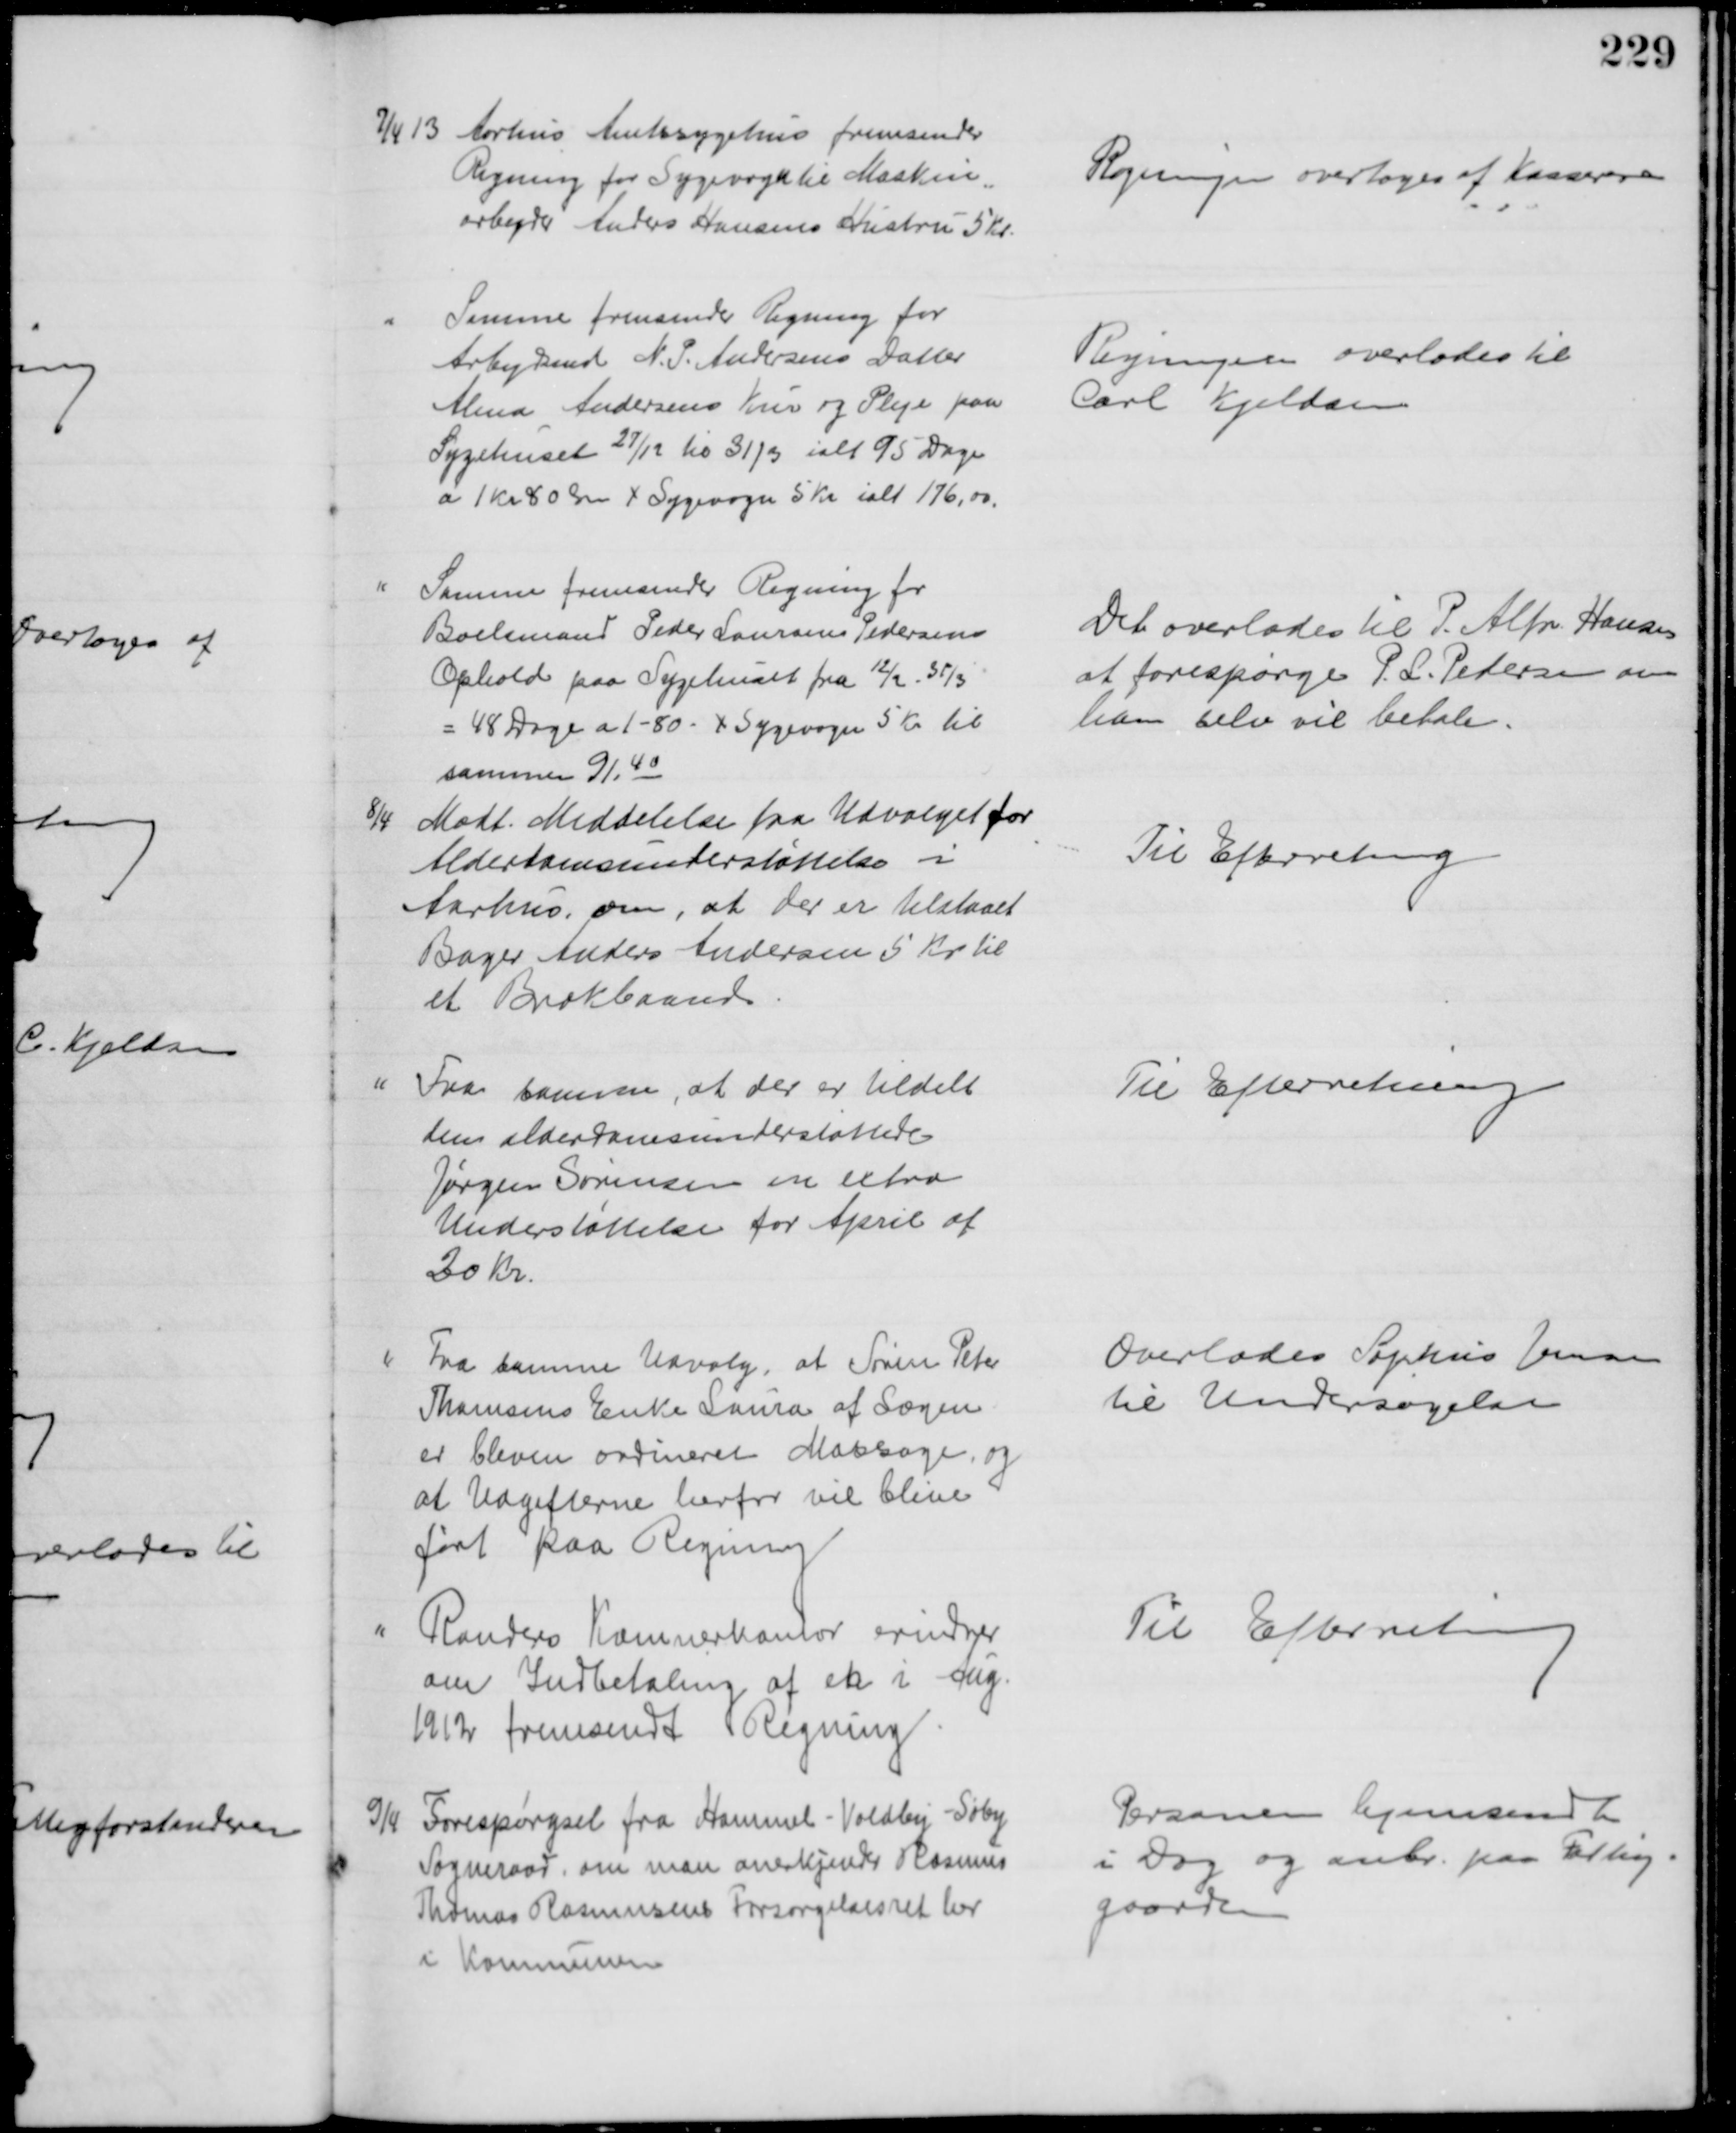
Transskription:
7/4 13 Aarhus Amtssygehus fremsender
Regning for Sygevogn til Maskin=
arbejder Anders Hansens Hustru 5 Kr.
Regningen overtoges af Kassereren
Samme fremsender Regning for
Arbejdsmd N. P. Andersens Datter
Alma Andersens Kur og Pleje paa
Sygehuset 27/12 til 31/3 ialt 95 Dage
a 1 Kr 80 Øre + Sygevogn 5 Kr ialt 176,00.
Regningen overlodes til 
Carl Kjeldsen
Samme fremsender Regning for
Boelsmand Peder Laursen Pedersen
Ophold paa Sygehuset fra 12/2 - 31/3
= 48 Dage a 1-80 - + Sygevogn 5 Kr til
sammen 91,40
Det overlodes til P. Alfr. Hansen
at forespørge P. L. Petersen om
han selv vil betale.
8/4 Modt. Meddelelse fra Udvalget for
Alderdomsunderstøttelse i
Aarhus om, at der er tilstaaet
Bager Anders Andersen 5 Kr til 
et Brokbaand
Til Efterretning
Fra samme, at der er tildelt
den alderdomsunderstøttede
Jørgen Sørensen en extra
Understøttelse for April af 
20 Kr.
Til Efterretning
Fra samme Udvalg, at Søren Peter
Thomsens Enke Laura af Lægen
er bleven ordineret Massage, og
at Udgifterne herfor vil blive
ført paa Regning
Overlodes Sophus Jensen
til Undersøgelse
Randers Kæmnerkontor er erindrer
om Indbetaling af etn i Aug.
1912 fremsendt Regning
Til Efterretning
9/4 Forespørgsel fra Hammel - Voldby - Søby
Sogneraad, om man anerkjender Rasmus
Thomas Rasmussens Forsørgelsesret her
i Kommunen
Personen hjemsendt
i Dag og anbr. paa Fattig-
gaarden